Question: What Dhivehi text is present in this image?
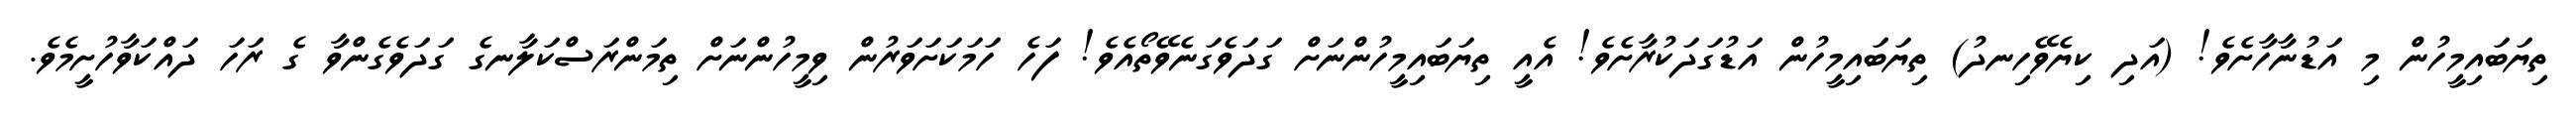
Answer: ތިޔަބައިމީހުން މި އަޑުނާހާށެވެ! (އަދި ކިޔެވޭހިނދު) ތިޔަބައިމީހުން އަޑުގަދަކުރާށެވެ! އެއީ ތިޔަބައިމީހުންނަށް ގަދަވެގަނެވޭތޯއެވެ! ފަހެ ހަމަކަށަވަރުން ވިމީހުންނަށް ތިމަންރަސްކަލާނގެ ގަދަވެގެންވާ ގެ ރަހަ ދައްކަވާހުށީމެވެ.